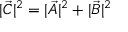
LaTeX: | { \vec { C } } | ^ { 2 } = | { \vec { A } } | ^ { 2 } + | { \vec { B } } | ^ { 2 }